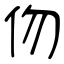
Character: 伆